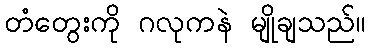
တံတွေးကို ဂလုကနဲ မျိုချသည်။